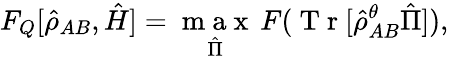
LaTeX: F_{Q}[\hat{\rho}_{AB},\hat{H}]=\underset{\hat{\Pi}}{\mathrm{~m~a~x~}}\, F(\mathrm{~T~r~}[\hat{\rho}_{AB}^{\theta}\hat{\Pi}]),